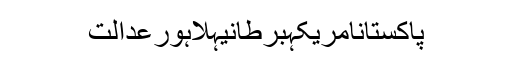
پاکستانامریکہبرطانیہلاہورعدالت